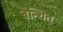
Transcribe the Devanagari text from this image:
बेन्थित